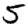
Digit: 5